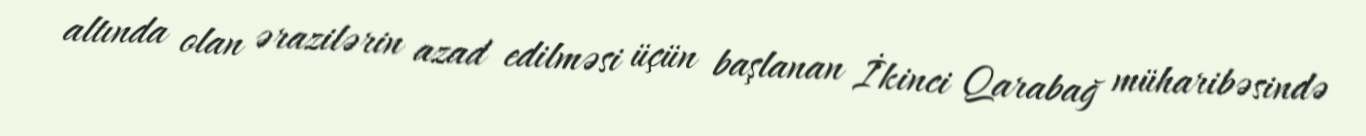
altında olan ərazilərin azad edilməsi üçün başlanan İkinci Qarabağ müharibəsində